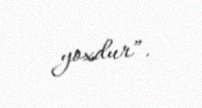
yoxdur”.